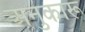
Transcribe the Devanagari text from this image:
अनुकारू